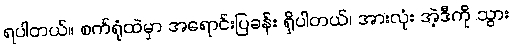
ရပါတယ်။ စက်ရုံထဲမှာ အရောင်းပြခန်း ရှိပါတယ်၊ အားလုံး အဲ့ဒီကို သွား